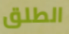
الطلق